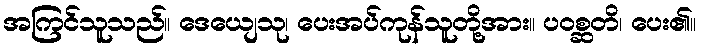
အကြင်သူသည်။ ဒေယျေသု၊ ပေးအပ်ကုန်သူတို့အား။ ပဝစ္ဆတိ၊ ပေး၏။